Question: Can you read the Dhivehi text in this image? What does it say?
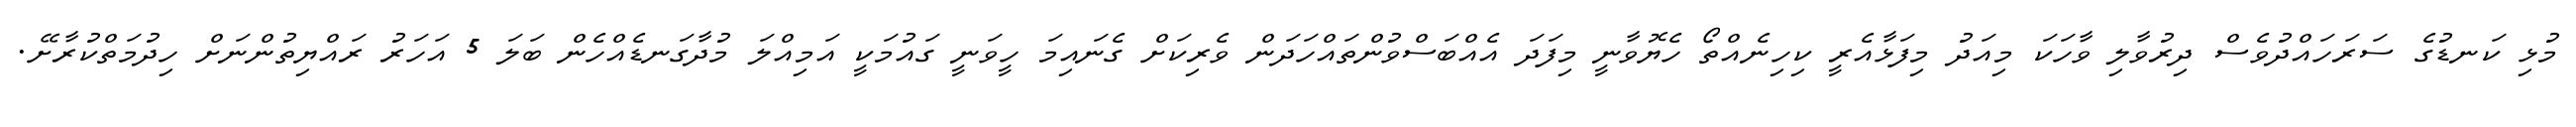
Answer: މުޅި ކަނޑުގެ ސަރަހައްދުވެސް ދިރުވާލި ވާހަކަ މިއަދު މިފަޅާއެރީ ކިހިނެއްތޯ ހެޔޮވާނީ މިފަދަ އެއްބަސްވުންތައްހަދަން ވެރިކަށް ގެނައިމަ ހީވަނީ ގައުމަކީ އަމިއްލަ މުދާގަނޑެއްހެން ބަލަ 5 އަހަރު ރައްޔިތުންނަށް ހިދުމަތްކުރާށޭ.